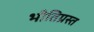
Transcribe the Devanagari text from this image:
भीतिग्रस्त